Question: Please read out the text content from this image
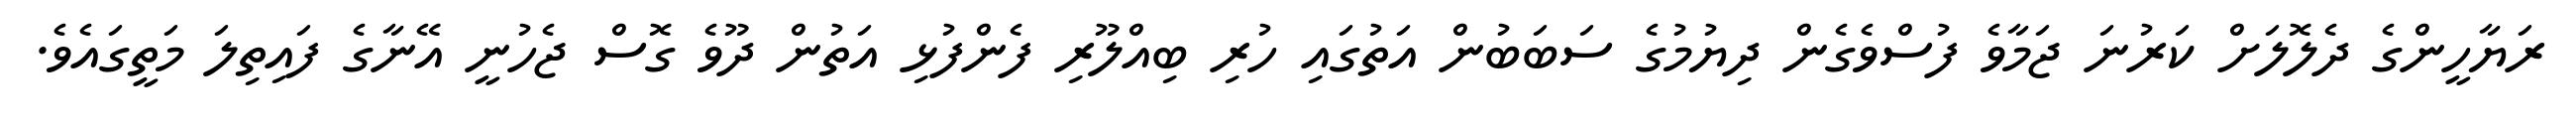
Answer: ރަޔާހީންގެ ދެލޮލަށް ކަރުނަ ޖަމާވެ ފުސްވެގެން ދިޔުމުގެ ސަބަބުން އަތުގައި ހުރި ބިއްލޫރި ފެންފުޅި އަތުން ދޫވެ ގޮސް ޖެހުނީ އޭނާގެ ފައިތިލަ މަތީގައެވެ.